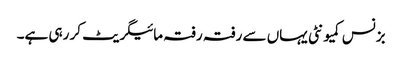
بزنس کمیونٹی یہاں سے رفتہ رفتہ مائیگریٹ کر رہی ہے۔